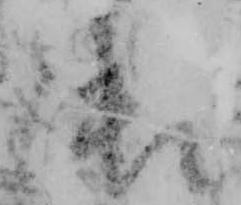
御